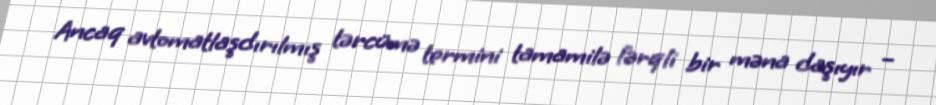
Ancaq avtomatlaşdırılmış tərcümə termini tamamilə fərqli bir məna daşıyır –